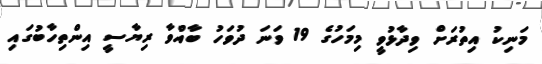
މަނިކު އިތުރަށް ވިދާޅުވީ މިމަހުގެ 19 ވަނަ ދުވަހު ބާއްވާ ރިޔާސީ އިންތިހާބުގައި